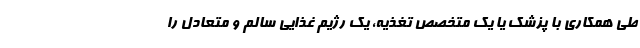
طی همکاری با پزشک یا یک متخصص تغذیه، یک رژیم غذایی سالم و متعادل را